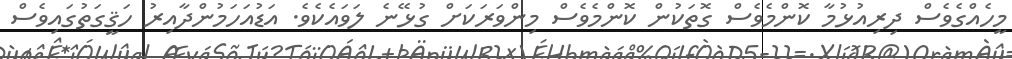
މީހެއްގެވެސް ދިރިއުޅުމާ ކޮންމެވެސް ގޮތަކުން ކޮންމެވެސް މިންވަރަކަށް ގުޅޭނެ ލަވައެކެވެ. އަޑުއަހަމުންދާއިރު ހަޤީގަތުގައިވެސް